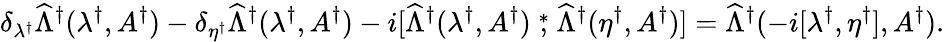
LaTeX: \delta_{\lambda^{\dagger}}\widehat\Lambda^{\dagger}(\lambda^{\dagger},A^{\dagger})-\delta_{\eta^{\dagger}}\widehat\Lambda^{\dagger}(\lambda^{\dagger},A^{\dagger})-i[\widehat\Lambda^{\dagger}(\lambda^{\dagger},A^{\dagger})\stackrel{*}{,}\widehat\Lambda^{\dagger}(\eta^{\dagger},A^{\dagger})]=\widehat\Lambda^{\dagger}(-i[\lambda^{\dagger},\eta^{\dagger}],A^{\dagger}).